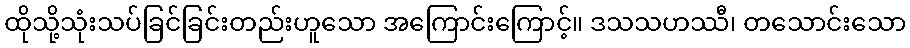
ထိုသို့သုံးသပ်ခြင်ခြင်းတည်းဟူသော အကြောင်းကြောင့်။ ဒသသဟဿီ၊ တသောင်းသော